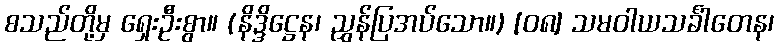
စသည်တို့မှ ရှေးဦးစွာ။ (နိဒ္ဒိဋ္ဌေန၊ ညွှန်ပြအပ်သော။) [၀၈] သမဝါယသင်္ခါတေန၊